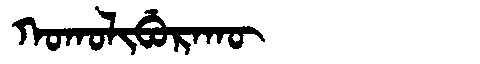
Manchu: ᡴᠣᡴᠣᠯᡳᠪᡠᡵᠠᡴᡡ
Romanization: KOKOLIBURAKŪ